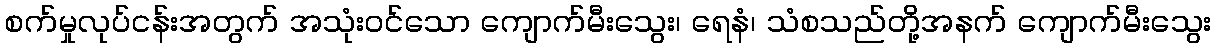
စက်မှုလုပ်ငန်းအတွက် အသုံးဝင်သော ကျောက်မီးသွေး၊ ရေနံ၊ သံစသည်တို့အနက် ကျောက်မီးသွေး